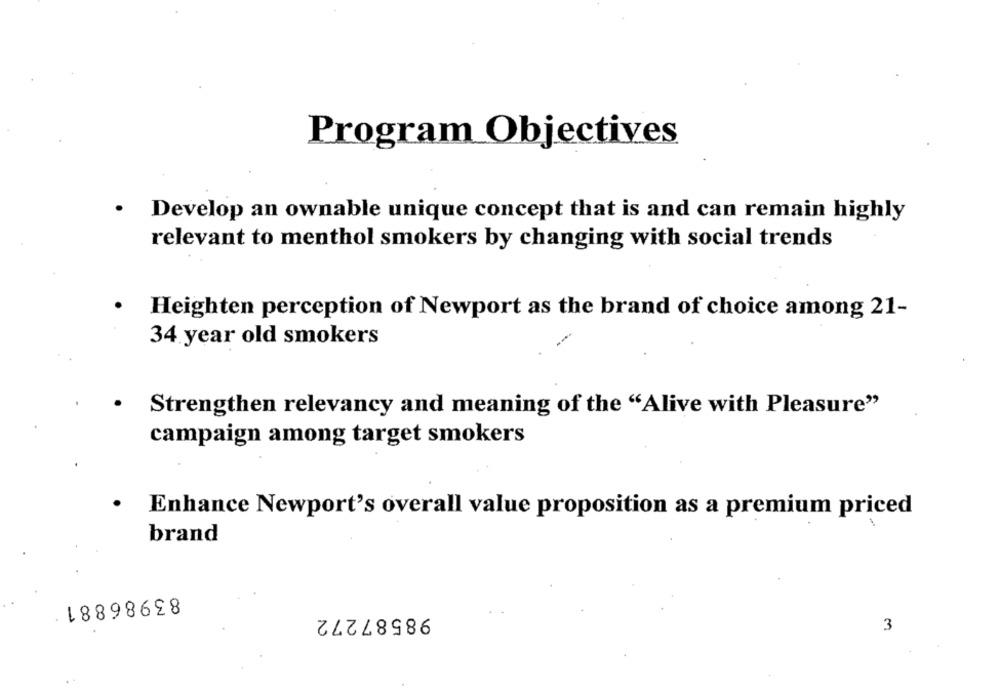
Program Objectives
· Develop an ownable unique concept that is and can remain highly
relevant to menthol smokers by changing with social trends
Heighten perception of Newport as the brand of choice among 21-
34 year old smokers
Strengthen relevancy and meaning of the "Alive with Pleasure"
campaign among target smokers
Enhance Newport's overall value proposition as a premium priced
brand
83986881
98587272
3